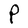
Character: P